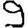
Digit: 9